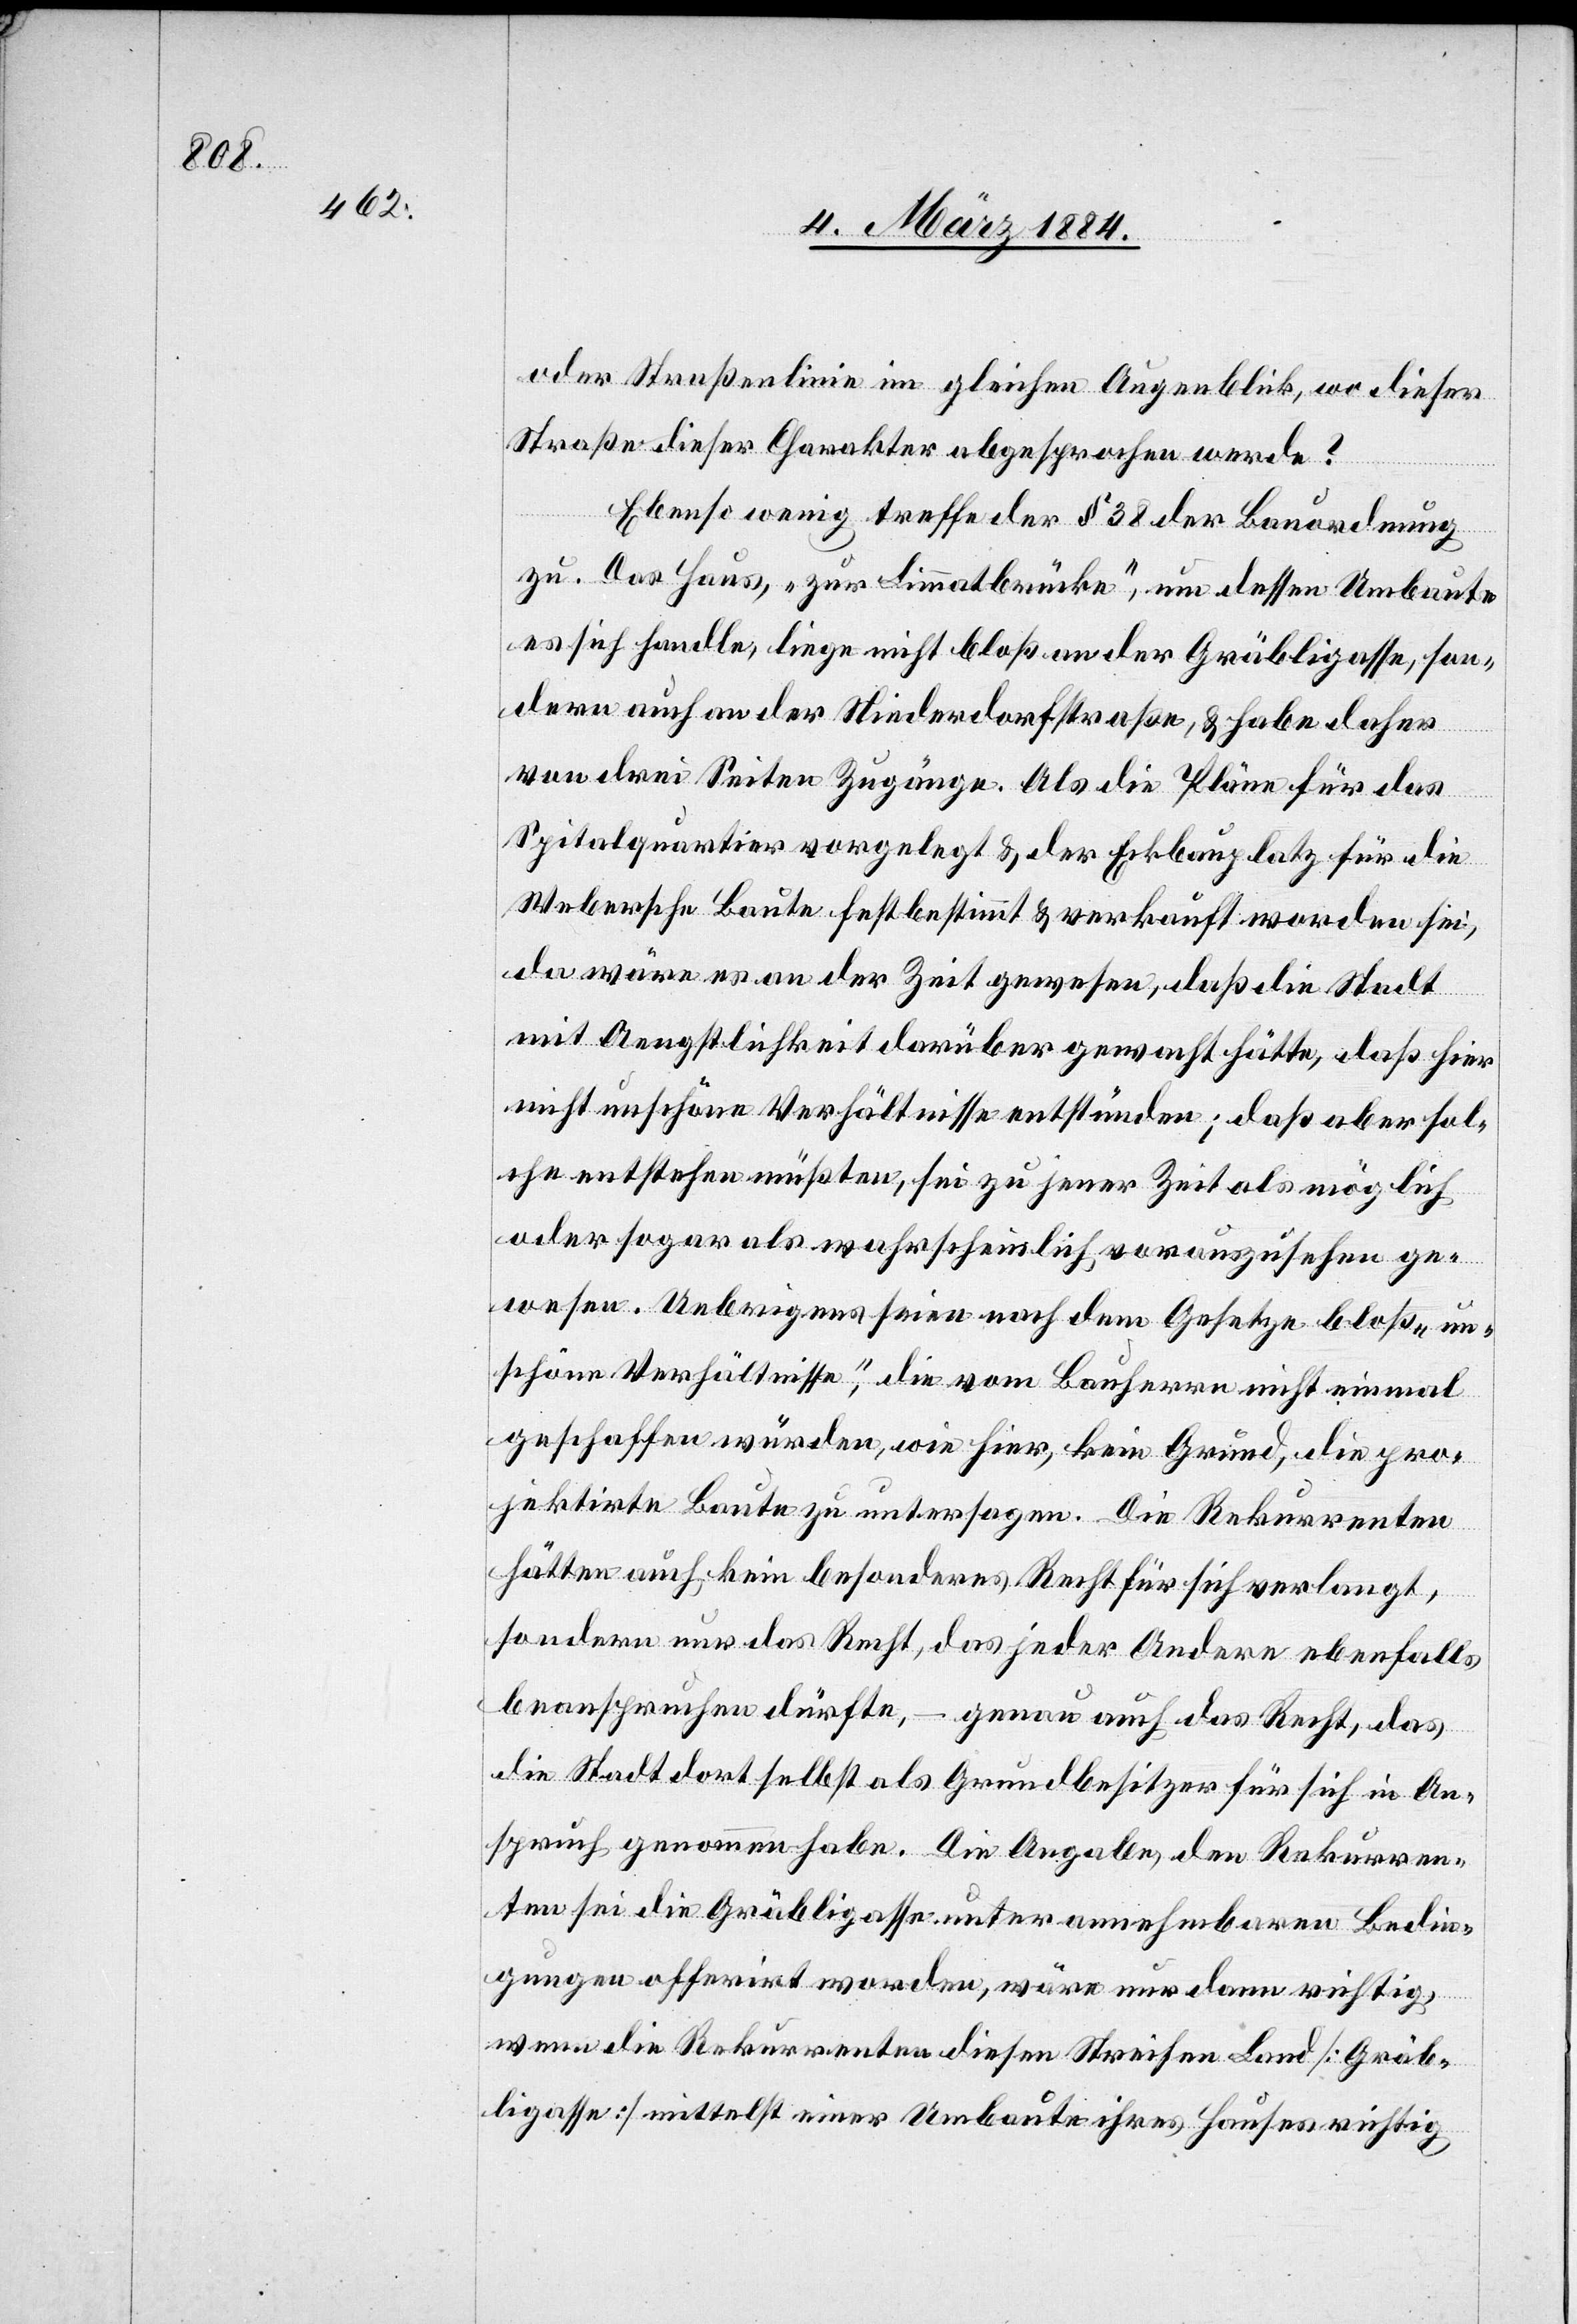
oder Straßenlinie im gleichen Augenblick, wo diesen
Straßen dieser Charakter abgesprochen werde?
Ebenso wenig treffe der § 38 der Bauordnung
zu. Das Haus, „zur Limmatbrücke“, um dessen Umbauten
es sich handle, liege nicht bloß an der Gräbligasse, son¬
dern auch an der Niederdorferstraße, & habe daher
von drei Seiten Zugänge. Als die Pläne für das
Spitalquartier vorgelegt & der Eckbauplatz für die
Webersche Baute fest bestimmt & verkauft worden sei,
da wäre es an der Zeit gewesen, daß die Stadt
mit Aengstlichkeit darüber gewacht hätte, daß hier
nicht unschöne Verhältnisse entstünden; daß aber sol¬
che entstehen müßten, sei zu jener Zeit als möglich
oder sogar als wahrscheinlich vorauszusehen ge¬
wesen. Uebrigens seien nach dem Gesetze bloß „un¬
schöne Verhältnisse“, die vom Bauherrn nicht einmal
geschaffen würden, wie hier, kein Grund, die pro¬
jektirte Baute zu untersagen. Die Rekurrenten
hätten auch kein besonderes Recht für sich verlangt,
sondern nur das Recht, das jeder Andere ebenfalls
beanspruchen dürfte, – genau auch das Recht, das
die Stadt dort selbst als Grundbesitzer für sich in An¬
spruch genommen habe. Die Aussage, den Rekurren¬
ten sei die Gräbligasse unter annehmbarer Bedin¬
gungen offerirt worden, wäre nur dann richtig,
wenn die Rekurrenten diesen Streifen Land [Gräb¬
ligasse] mittelst einer Umbaute ihres Hauses richtig